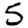
Digit: 5